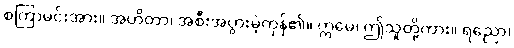
စကြာမင်းအား။ အဟိတာ၊ အစီးအပွားမဲ့ကုန်၏။ ဣမေ၊ ဤသူတို့ကား။ ရညော၊